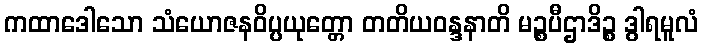
ကထာဒေါသော သံယောဇနဝိပ္ပယုတ္တော တတိယဝန္ဒနာတိ မဉ္စပီဌာဒိဉ္စ ဒွါရမူလံ